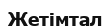
Жетімтал